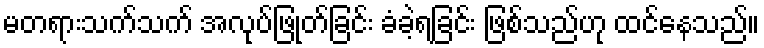
မတရားသက်သက် အလုပ်ဖြုတ်ခြင်း ခံခဲ့ရခြင်း ဖြစ်သည်ဟု ထင်နေသည်။